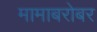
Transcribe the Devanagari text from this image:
मामाबरोबर